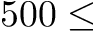
5 0 0 \leq